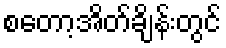
စတော့အိတ်ချိန်းတွင်